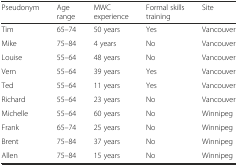
| Pseudonym | Age range | MWC experience | Formal skills training | Site |
 | --- | --- | --- | --- | --- |
 | Tim | 65–74 | 50 years | Yes | Vancouver |
 | Mike | 75–84 | 4 years | No | Vancouver |
 | Louise | 55–64 | 48 years | No | Vancouver |
 | Vern | 55–64 | 39 years | Yes | Vancouver |
 | Ted | 55–64 | 11 years | Yes | Vancouver |
 | Richard | 55–64 | 23 years | No | Vancouver |
 | Michelle | 55–64 | 60 years | No | Winnipeg |
 | Frank | 65–74 | 25 years | No | Winnipeg |
 | Brent | 75–84 | 37 years | No | Winnipeg |
 | Allen | 75–84 | 15 years | No | Winnipeg |